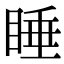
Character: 睡